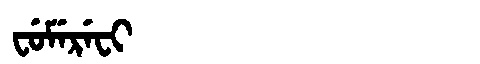
Manchu: ᠸᡠᠮᡝᡵᡝᠸᡳ
Romanization: FUMEREFI